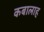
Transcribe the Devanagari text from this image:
कबालाह